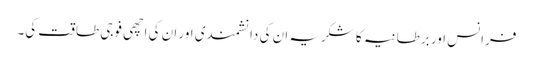
فرانس اور برطانیہ کا شکریہ ان کی دانشمندی اور ان کی اچھی فوجی طاقت کی۔